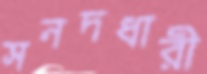
সনদধারী